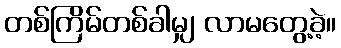
တစ်ကြိမ်တစ်ခါမျှ လာမတွေ့ခဲ့။